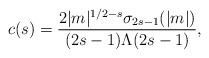
LaTeX: \begin{align*}c(s) = \frac{2|m|^{1/2-s}\sigma_{2s-1}(|m|)}{(2s-1)\Lambda(2s-1)},\end{align*}